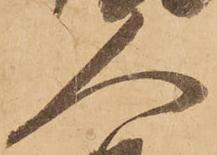
人